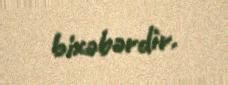
bixəbərdir.